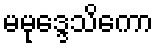
မမုဒ္ဒေသိကော